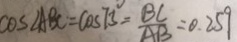
\cos \angle A B C = \cos 7 3 ^ { \circ } = \frac { B C } { A B } = 0 . 2 5 9